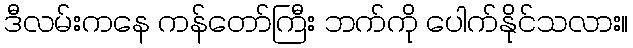
ဒီလမ်းကနေ ကန်တော်ကြီး ဘက်ကို ပေါက်နိုင်သလား။